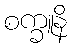
စက္ခူနိ